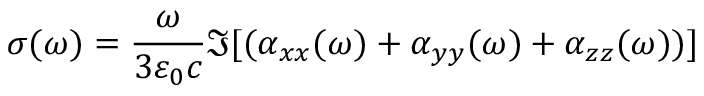
\sigma ( \omega ) = \frac { \omega } { 3 \varepsilon _ { 0 } c } \Im [ ( \alpha _ { x x } ( \omega ) + \alpha _ { y y } ( \omega ) + \alpha _ { z z } ( \omega ) ) ]